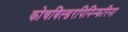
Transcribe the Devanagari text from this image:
कोचबिल्डरपिनिन्फरिना